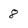
Character: 8